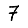
Digit: 7